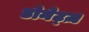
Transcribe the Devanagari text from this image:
डोनेट्ज़